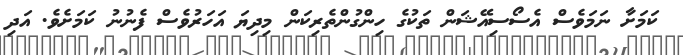
ކަމަށާ ނަމަވެސް އެސޯސިއޭޝަން ތަކުގެ ހިންގުންތެރިކަން މިދިޔަ އަހަރުވެސް ފެނުނު ކަމަށެވެ. އަދި